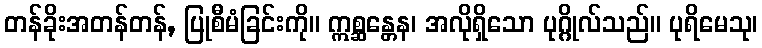
တန်ခိုးအတန်တန်, ပြုစီမံခြင်းကို။ ဣစ္ဆန္တေန၊ အလိုရှိသော ပုဂ္ဂိုလ်သည်။ ပုရိမေသု၊